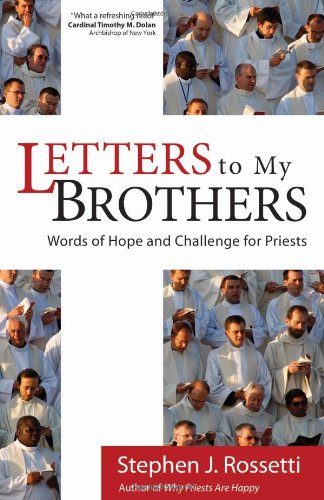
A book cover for Letters to My Brothers: Words of Hope and Challenge for Priests; Stephen J. Rossetti; Christian Books & Bibles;